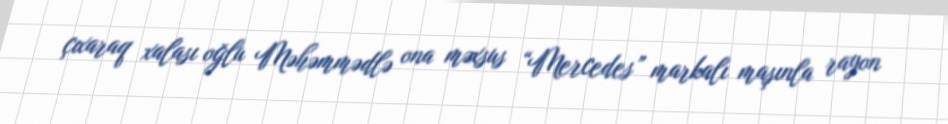
çıxaraq xalası oğlu Məhəmmədlə ona məxsus “Mercedes” markalı maşınla rayon